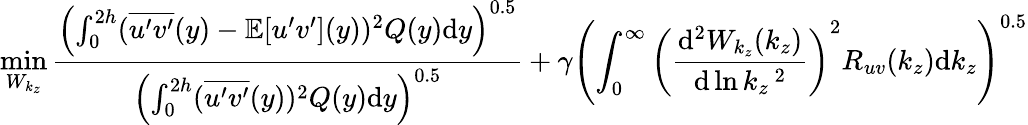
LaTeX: \operatorname*{min}_{W_{k_{z}}}\frac{\left(\int_{0}^{2h}(\overline{{u^{\prime}v^{\prime}}}(y)-\mathbb{E}[u^{\prime}v^{\prime}](y))^{2}Q(y)\mathrm{d}y\right)^{0.5}}{\left(\int_{0}^{2h}(\overline{{u^{\prime}v^{\prime}}}(y))^{2}Q(y)\mathrm{d}y\right)^{0.5}}+\gamma\left(\int_{0}^{\infty}\left(\frac{\mathrm{d}^{2}W_{k_{z}}(k_{z})}{\mathrm{d}\ln k_{z}\, ^{2}}\right)^{2}R_{uv}(k_{z})\mathrm{d}k_{z}\right)^{0.5}